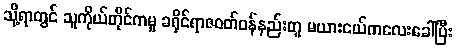
သို့ရာတွင် သူကိုယ်တိုင်ကမူ ခရိုင်ရာဇဝတ်ဝန်နည်းတူ မယားငယ်ကလေးခေါ်ပြီး